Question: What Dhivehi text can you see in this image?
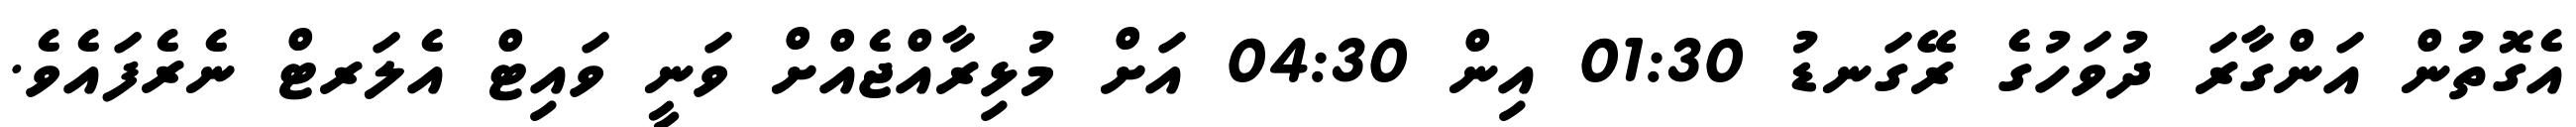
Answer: އެގޮތުން އަންގާރަ ދުވަހުގެ ރޭގަނޑު 01:30 އިން 04:30 އަށް މުޅިރާއްޖެއްށް ވަނީ ވައިޓް އެލަރޓް ނެރެފައެވެ.